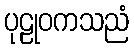
ပုဠုဝကသညံ